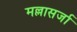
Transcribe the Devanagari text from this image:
मल्लासर्जा